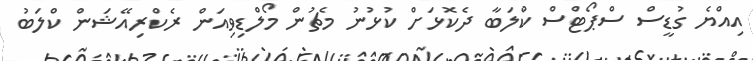
އިއްޔެ ގުޑީސް ސްޕޯޓްސް ކްލަބާ ދެކޮޅަށް ކުޅުނު މެޗުން މޯލްޑިވިއަން ރެކްރިއޭޝަން ކްލަބު